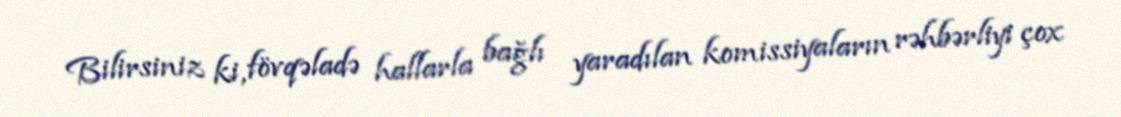
Bilirsiniz ki, fövqəladə hallarla bağlı yaradılan komissiyaların rəhbərliyi çox